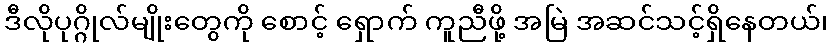
ဒီလိုပုဂ္ဂိုလ်မျိုးတွေကို စောင့် ရှောက် ကူညီဖို့ အမြဲ အဆင်သင့်ရှိနေတယ်၊